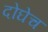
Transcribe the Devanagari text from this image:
दोघेच